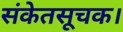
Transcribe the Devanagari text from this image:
संकेतसूचक।